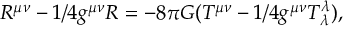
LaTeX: R ^ { \mu \nu } - 1 / 4 g ^ { \mu \nu } R = - 8 \pi G ( T ^ { \mu \nu } - 1 / 4 g ^ { \mu \nu } T _ { \lambda } ^ { \lambda } ) ,